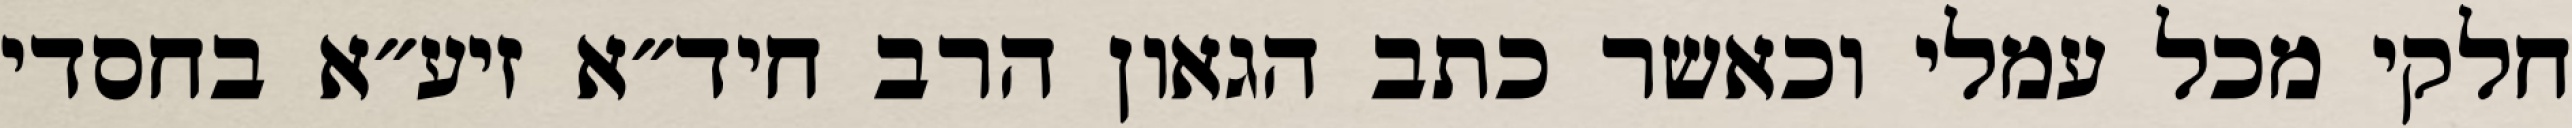
חלקי מכל עמלי וכאשר כתב הגאון הרב חיד״א זיע״א בחסדי